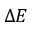
\Delta E